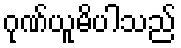
ဂုဏ်ယူမိပါသည်